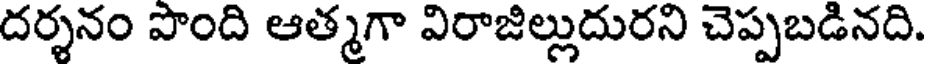
దర్శనం పొంది ఆత్మగా విరాజిల్లుదురని చెప్పబడినది.